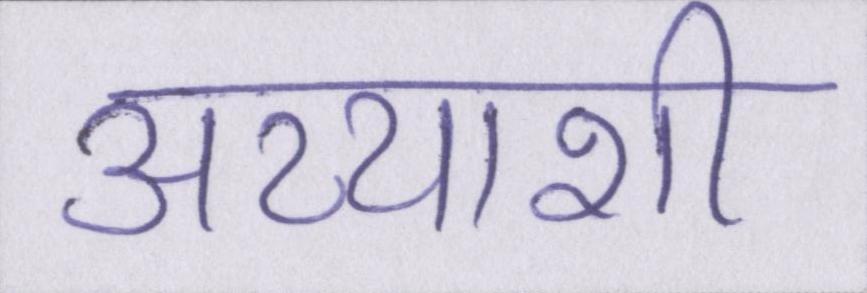
अय्याशी